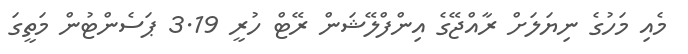
މެއި މަހުގެ ނިޔަލަށް ރާއްޖޭގެ އިންފްލޭޝަން ރޭޓް ހުރީ 3.19 ޕަސެންޓުން މަތީގަ